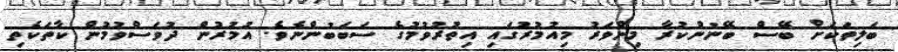
ބަލިތަކަށް ބޭސް ބޭނުންކުރާ މިންވަރު މިއުމުރުގައި އިތުރުވުމުގެ ސަބަބުންނެވެ. އުމުރުން ދުވަސްވުމުން ކާތަކެތި